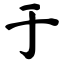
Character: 于